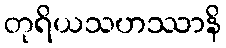
တုရိယသဟဿာနိ